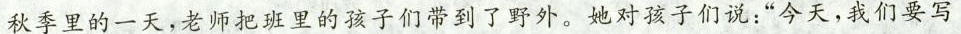
秋季里的一天，老师把班里的孩子们带到了野外。她对孩子们说：“今天，我们要写